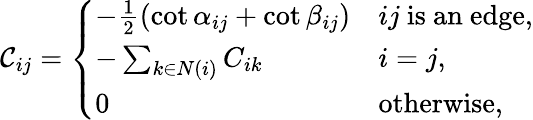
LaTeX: \mathcal{C}_{ij}={\left\{ \begin{array}{ll}{-{\frac{1}{2}}(\cot\alpha_{ij}+\cot\beta_{ij})}&{ij{\mathrm{~is~an~edge}},}\\ {-\sum_{k\in N(i)}C_{ik}}&{i=j,}\\ {0}&{{\mathrm{otherwise,}}}\end{array}\right.}